Report on vaccination in Madras 1877-1894 - 1877-1894
Year: 1877
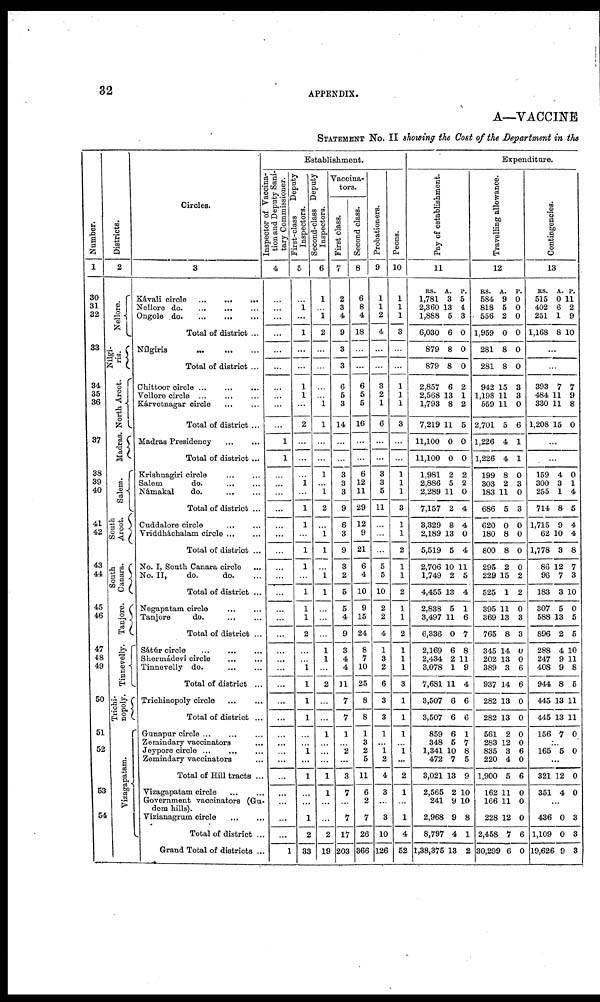
32
APPENDIX.
A—VACCINE
STATEMENT No. II showing the Cost of the Department in the
Number.
1
30
31
32
33
34
35
36
37
38
39
40
41
42
43
44
45
46
47
48
49
50
51
52
53
54
Districts.
2
Nellore.
Nílgi-
ris.
North Arcot.
Madras.
Salem.
South
Arcot.
South
Canara.
Tanjore.
Tinnevelly.
Trichi-
nopoly.
Vizagapatam.
Circles.
3
Kávali circle
...
...
...
Nellore do. ... ... ...
Ongole d
o
. ... ... ...
Total of district ...
Nílgiris
...
...
...
Total of district ...
Chittoor circle ... ... ...
Vellore circle ... ... ...
Kárvetnagar circle ... ...
Total of district ...
Madras Presidency
...
...
Total of district ...
Krishnagiri circle ... ...
Salem
do.
...
...
Námakal
do.
...
...
Total of district ...
Cuddalore circle
...
...
Vriddháchalam circle ... ...
Total of district ...
No. I, South Canara circle ...
No. II,
do.
do. ...
Total of district ...
Negapatam circle
...
...
Tanjore
do. ... ...
Total of district ...
Sátúr circle
...
...
...
Shermádevi circle
...
...
Tinnevelly do.
...
...
Total of district ...
Trichinopoly circle ... ...
Total of district ...
Gunapur circle
...
...
...
Zemindary vaccinators ...
Jeypore circle ... ... ...
Zemindary vaccinators ...
Total of Hill tracts ...
Vizagapatam circle
...
...
Government vaccinators (Gu-
dem hills).
Vizianagrum circle
...
...
Total of district ...
Grand Total of districts ...
Establishment.
Inspector of Vaccina-
tion and Deputy Sani-
tary Commissioner.
4
...
...
...
...
...
...
...
...
...
...
1
1
...
...
...
...
...
...
...
...
...
...
...
...
...
...
...
...
...
...
...
...
...
...
...
...
...
...
...
...
1
First-class
Deputy
Inspectors.
5
...
1
...
1
...
...
1
1
...
2
...
...
...
1
...
1
1
...
1
1
...
1
1
1
2
...
...
1
1
1
1
...
...
1
...
1
...
...
1
2
33
Second-class Deputy
Inspectors.
6
1
...
1
2
...
...
...
...
1
1
...
...
1
...
1
2
...
1
1
...
1
1
...
...
...
1
1
...
2
...
...
1
...
...
...
1
1
...
...
2
19
Vaccina-
tors.
First class.
7
2
3
4
9
3
3
6
5
3
14
...
...
3
3
3
9
6
3
9
3
2
5
5
4
9
3
4
4
11
7
7
1
...
2
...
3
7
...
7
17
203
Second class.
8
6
8
4
18
...
...
6
5
5
16
...
...
6
12
11
29
12
9
21
6
4
10
9
15
24
8
7
10
25
8
8
1
3
2
5
11
6
2
7
26
366
Probationers.
9
1
1
2
4
...
...
3
2
1
6
...
...
3
3
5
11
...
...
...
5
5
10
2
2
4
1
3
2
6
3
3
1
...
1
2
4
3
...
3
10
126
Peons.
10
1
1
1
3
...
...
1
1
1
3
...
...
1
1
1
3
1
1
2
1
1
2
1
1
2
1
1
1
3
1
1
1
...
1
...
2
1
...
...
4
52
Expenditure.
Pay of establishment.
11
RS.
1,781
2,360
1,888
6,030
879
879
2,857
2,568
1,793
7,219
11,100
11,100
1,981
2,886
2,289
7,157
3,329
2,189
5,519
2,706
1,749
4,455
2,838
3,497
6,336
2,169
2,484
3,078
7,681
3,507
3,507
859
348
1,341
472
3,021
2,565
241
2,968
8,797
1,38,375
A.
3
13
5
6
8
8
6
13
8
11
0
0
2
5
11
2
8
13
5
10
2
13
5
11
0
6
2
1
11
6
6
6
5
10
7
13
2
9
9
4
13
P.
5
4
3
0
0
0
2
1
2
5
0
0
2
2
0
4
4
0
4
11
5
4
1
6
7
8
11
9
4
6
6
1
7
8
5
9
10
10
8
1
2
Travelling allowance.
12
RS.
584
818
556
1,959
281
281
942
1,198
559
2,701
1,226
1,226
199
303
183
686
620
180
800
295
229
525
395
369
765
345
202
389
937
282
282
561
283
835
220
1,900
162
166
228
2,458
30,299
A.
9
5
2
0
8
8
15
11
11
5
4
4
8
2
11
5
0
8
8
2
15
1
11
13
8
14
13
3
14
13
13
2
12
3
4
5
11
11
12
7
6
P.
0
0
0
0
0
0
3
3
0
6
1
1
0
3
0
3
0
0
0
0
2
2
0
3
3
0
0
6
6
0
0
0
0
6
0
6
0
0
0
6
0
Contingencies.
13
RS.
515
402
251
1,168
A.
0
6
1
8
P.
11
2
9
10
...
...
393
484
330
1,208
7
11
11
15
7
9
8
0
...
...
159
300
255
714
1,715
62
1,778
86
96
183
307
588
896
288
247
408
944
445
445
156
4
3
1
8
9
10
3
12
7
3
5
13
2
4
9
9
8
13
13
7
0
1
4
5
4
4
8
7
3
10
0
5
5
10
11
8
5
11
11
0
...
165 5 0
...
321
351
12
4
0
0
...
436
1,109
19,626
0
0
9
3
3
3